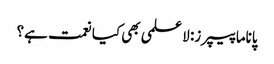
پاناما پیپرز: لا علمی بھی کیا نعمت ہے؟